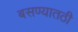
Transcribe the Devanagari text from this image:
बसण्यातठी